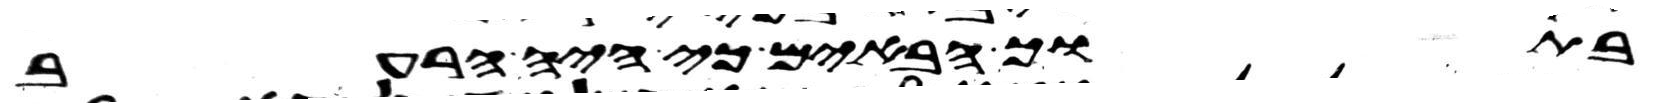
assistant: בתוך הבאים כי היה הרעב